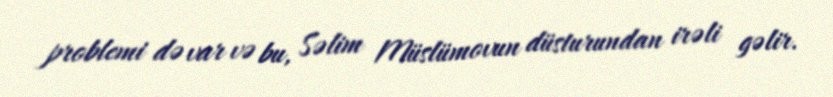
problemi də var və bu, Səlim Müslümovun düsturundan irəli gəlir.